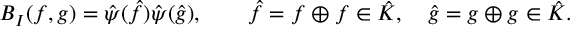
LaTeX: B _ { I } ( f , g ) = \hat { \psi } ( \hat { f } ) \hat { \psi } ( \hat { g } ) , \qquad \hat { f } = f \oplus f \in \hat { \cal K } , \quad \hat { g } = g \oplus g \in \hat { \cal K } .